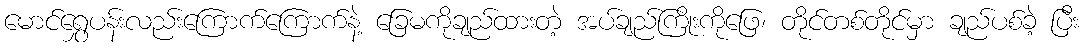
မောင်ရွှေပန်းလည်းကြောက်ကြောက်နဲ့ ခြေမကိုချည်ထားတဲ့ အပ်ချည်ကြိုးကိုဖြေ၊ တိုင်တစ်တိုင်မှာ ချည်ပစ်ခဲ့ ပြီး